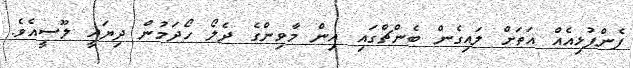
ފެންފުޅިއެއް އަތަށް ލައިގެން ބެންޗްގައި އިން މާވިންގެ ދެލޯ ހޯދަމުން ދިޔައީ ލޫސީއެވެ.